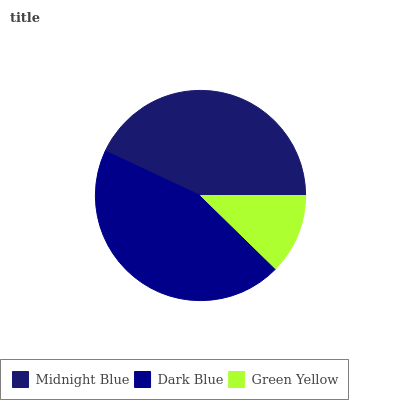
| Midnight Blue | Dark Blue | Green Yellow |
 | --- | --- | --- |
 | 43% | 44.7% | 12.3% |